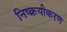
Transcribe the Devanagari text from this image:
निष्क्रयीकरण